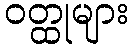
ဝတ္ထုများ